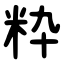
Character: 粋